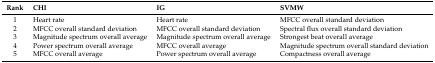
<table><thead><tr><td><b>Rank</b></td><td><b>CHI</b></td><td><b>IG</b></td><td><b>SVMW</b></td></tr></thead><tbody><tr><td>1</td><td>Heart rate</td><td>Heart rate</td><td>MFCC overall standard deviation</td></tr><tr><td>2</td><td>MFCC overall standard deviation</td><td>MFCC overall standard deviation</td><td>Spectral flux overall standard deviation</td></tr><tr><td>3</td><td>Magnitude spectrum overall average</td><td>Magnitude spectrum overall average</td><td>Strongest beat overall average</td></tr><tr><td>4</td><td>Power spectrum overall average</td><td>MFCC overall average</td><td>Magnitude spectrum overall standard deviation</td></tr><tr><td>5</td><td>MFCC overall average</td><td>Power spectrum overall average</td><td>Compactness overall average</td></tr></tbody></table>